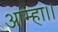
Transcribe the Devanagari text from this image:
आम्हा।।